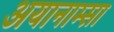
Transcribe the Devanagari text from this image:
अयानाम्सा